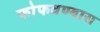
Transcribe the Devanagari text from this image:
फोफवण्यास